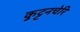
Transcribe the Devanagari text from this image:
कुट्टनचेरि